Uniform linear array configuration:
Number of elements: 24
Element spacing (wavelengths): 0.75
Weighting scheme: blackman
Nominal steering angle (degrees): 0
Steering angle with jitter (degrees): -0.3919
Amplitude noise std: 0.05
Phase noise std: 0.05

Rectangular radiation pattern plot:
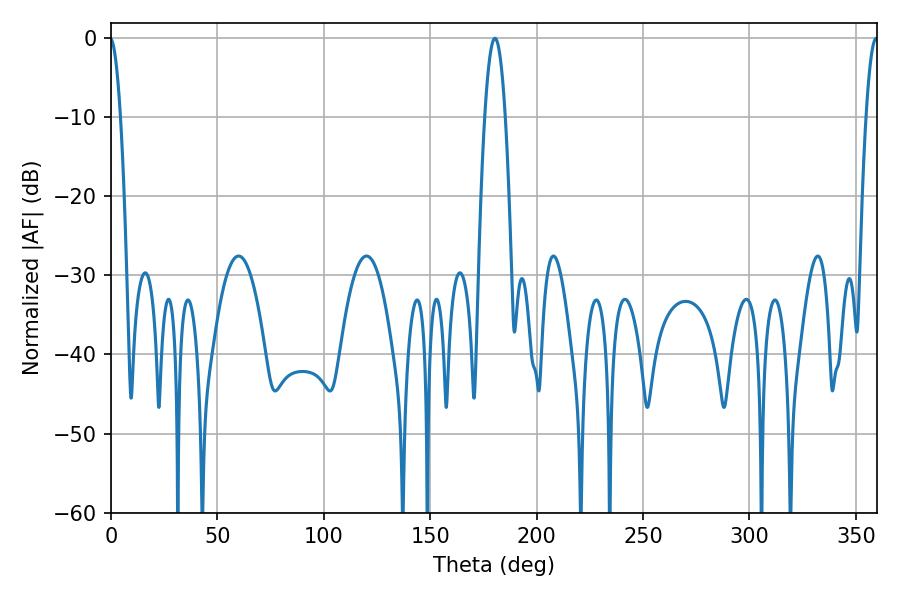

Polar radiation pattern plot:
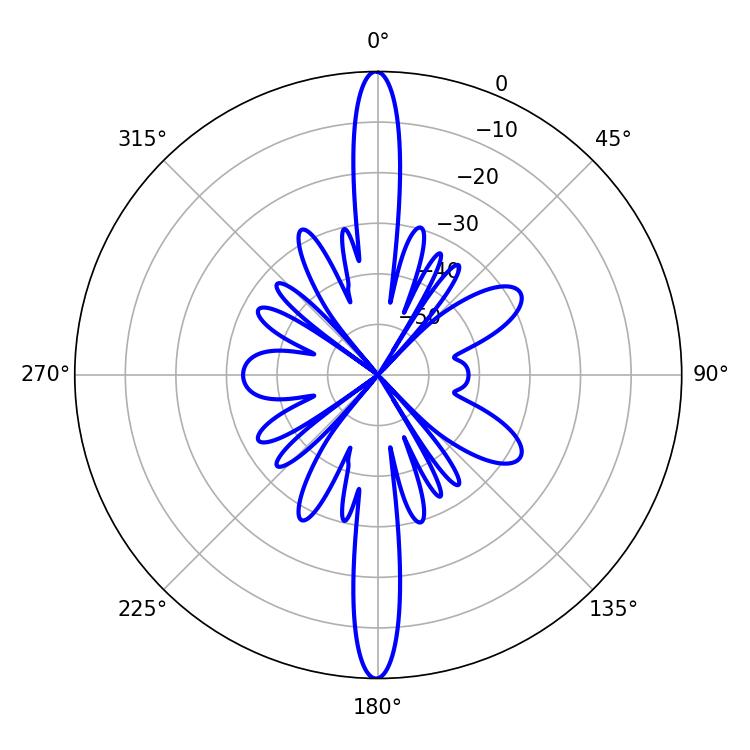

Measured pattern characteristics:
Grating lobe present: TRUE
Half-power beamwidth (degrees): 5.22
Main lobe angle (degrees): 180.36